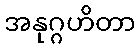
အနုဂ္ဂဟိတာ